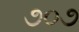
૭૦૭